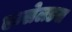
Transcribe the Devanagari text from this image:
एन्सेलडस